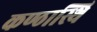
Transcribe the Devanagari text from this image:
कण्ठास्थि